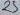
Text: 25